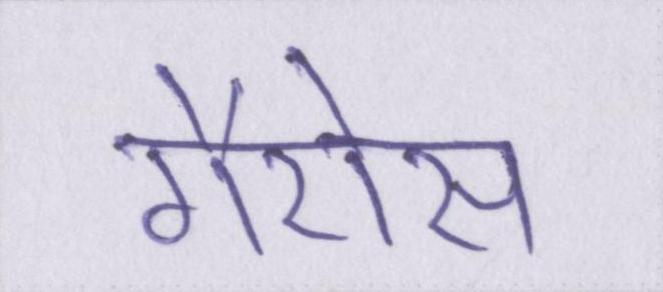
गैरोस